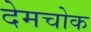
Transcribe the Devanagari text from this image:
देमचोक